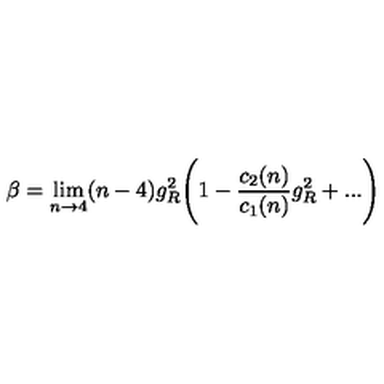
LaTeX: \beta = \lim _ { n \rightarrow 4 } ( n - 4 ) g _ { R } ^ { 2 } \Biggl ( 1 - \frac { c _ { 2 } ( n ) } { c _ { 1 } ( n ) } g _ { R } ^ { 2 } + . . . \Biggr )